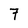
Character: 7